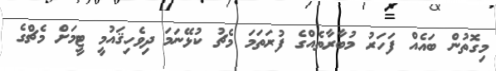
މިގޮތުން ބައެއް ފަހަރު މުބާރާތެއްގެ ފުރަތަމަ މެޗު ކުޅޭނަމަ ދިވެހިޤައުމީ ޓީމަށް މެޗްގެ